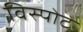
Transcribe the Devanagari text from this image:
विस्पोट